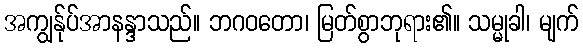
အကျွန်ုပ်အာနန္ဒာသည်။ ဘဂဝတော၊ မြတ်စွာဘုရား၏။ သမ္မုခါ၊ မျက်